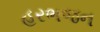
હરભજન